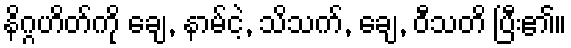
နိဂ္ဂဟိတ်ကို ချေ, နာမ်ငဲ့, သိသက်, ချေ, ဝီသတိ ပြီး၏။